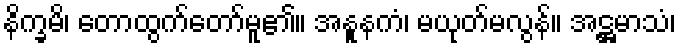
နိက္ခမိ၊ တောထွက်တော်မူ၏။ အနူနကံ၊ မယုတ်မလွန်။ အဋ္ဌမာသံ၊